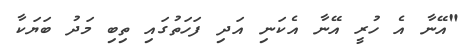
"އޭނާ އެ ހުރީ އޭނާ އެކަނި އަދި ފަހަތުގައި ތިބި މަދު ބަޔަކާ